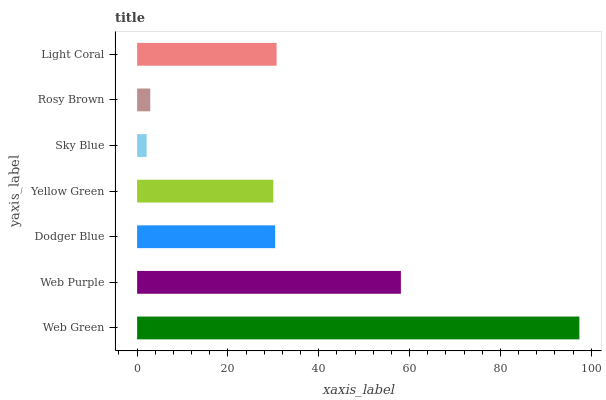
| yaxis_label | bars |
 | --- | --- |
 | Web Green | 97.4 |
 | Web Purple | 58.1 |
 | Dodger Blue | 30.4 |
 | Yellow Green | 30 |
 | Sky Blue | 2.1 |
 | Rosy Brown | 2.89 |
 | Light Coral | 30.7 |